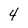
Character: 4